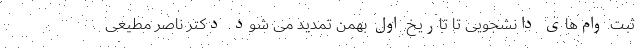
ثبت وام‌های دانشجویی تا تاریخ اول بهمن تمدید می شود. دکتر ناصر مطیعی